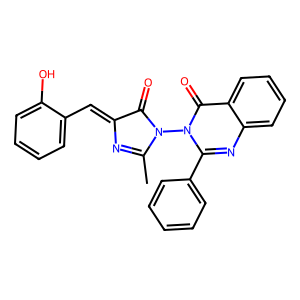
SMILES: CC1=NC(=Cc2ccccc2O)C(=O)N1n1c(-c2ccccc2)nc2ccccc2c1=O
Inhibits HIV replication: No